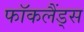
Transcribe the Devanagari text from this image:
फॉकलैंड्स